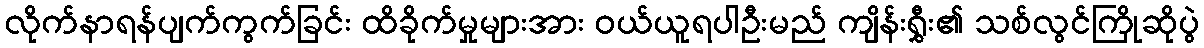
လိုက်နာရန်ပျက်ကွက်ခြင်း ထိခိုက်မှုများအား ဝယ်ယူရပါဦးမည် ကျိန်းရွှီး၏ သစ်လွင်ကြိုဆိုပွဲ